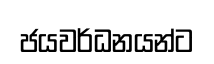
ජයවර්ධනයන්ට